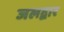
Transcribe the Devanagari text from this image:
जलद्वार